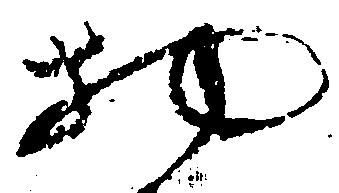
物